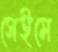
সেইমে